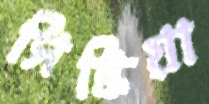
সিন্ধিয়া